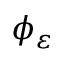
\phi _ { \varepsilon }